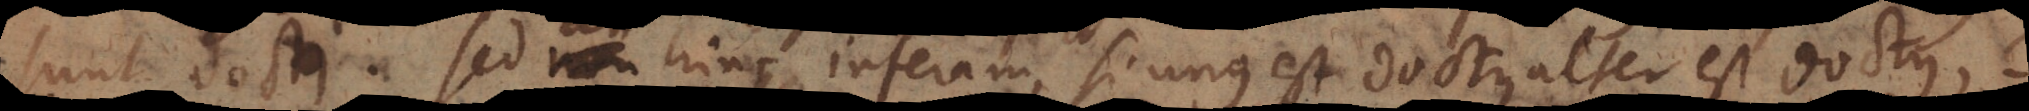
sunt docti. Sed non hinc inferam, si unus est doctus alter est doctus?